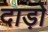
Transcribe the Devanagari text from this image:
दाड़ों